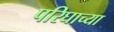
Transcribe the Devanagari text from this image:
परिघाच्या